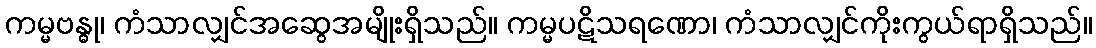
ကမ္မဗန္ဓု၊ ကံသာလျှင်အဆွေအမျိုးရှိသည်။ ကမ္မပဋိသရဏော၊ ကံသာလျှင်ကိုးကွယ်ရာရှိသည်။